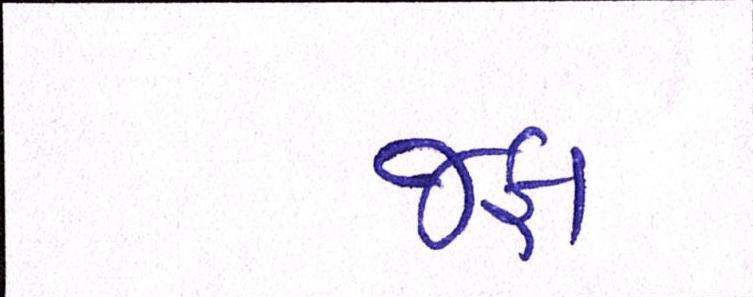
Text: જફા